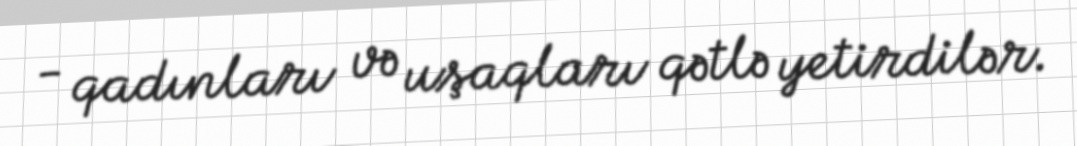
- qadınları və uşaqları qətlə yetirdilər.